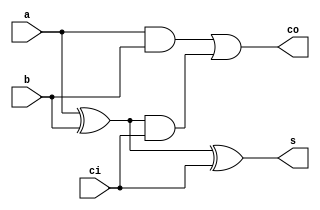
module Adder1(input a, input b, input ci, output co, output s);

    wire w1, w2, w3;
    xor (w1, a, b);
    and (w2, a, b);
    and(w3, w1, ci);
    or(co, w2, w3);
    xor(s, w1, ci);
endmodule